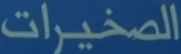
الصخيرات